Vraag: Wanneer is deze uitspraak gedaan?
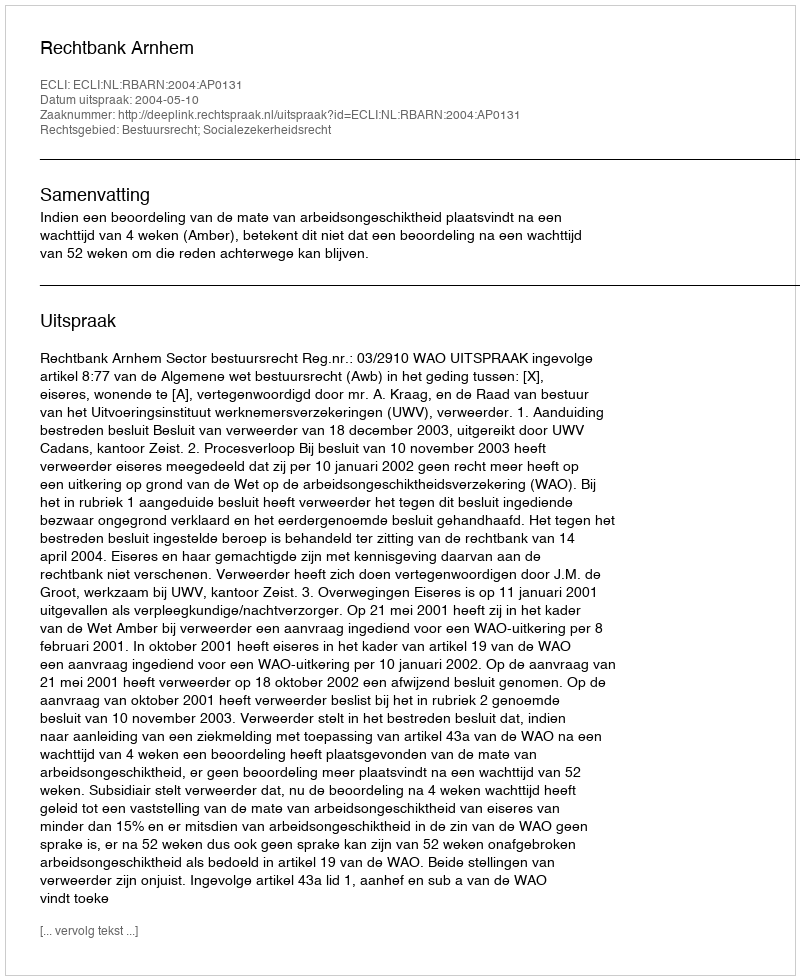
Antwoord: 2004-05-10